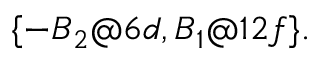
\{ - B _ { 2 } @ 6 d , B _ { 1 } @ 1 2 f \} .